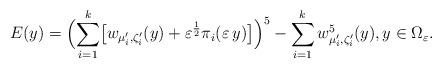
LaTeX: \begin{align*}E(y)=\Bigl(\sum_{i=1}^k\bigl[w_{\mu_i^{\prime},\zeta_i^{\prime}}(y)+\varepsilon^{\frac{1}{2}}\pi_i(\varepsilon\, y)\bigr]\Bigr)^5- \sum_{i=1}^kw_{\mu_i^{\prime},\zeta_i^{\prime}}^5(y),y\in \Omega_{\varepsilon} .\end{align*}